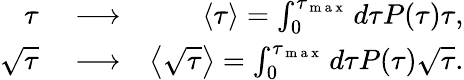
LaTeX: \begin{array}{rlr}{\tau}&{{}\longrightarrow}&{\langle\tau\rangle=\int_{0}^{\tau_{\mathrm{~m~a~x~}}}d\tau P(\tau)\tau,}\\ {\sqrt{\tau}}&{{}\longrightarrow}&{\left\langle\sqrt{\tau}\right\rangle=\int_{0}^{\tau_{\mathrm{~m~a~x~}}}d\tau P(\tau)\sqrt{\tau}.}\end{array}